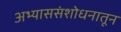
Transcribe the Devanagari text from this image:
अभ्याससंशोधनातून